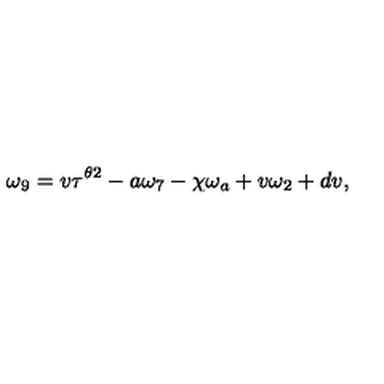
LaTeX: \omega _ { 9 } = v \tau ^ { \theta 2 } - a \omega _ { 7 } - \chi \omega _ { a } + v \omega _ { 2 } + d v ,